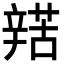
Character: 𨐡